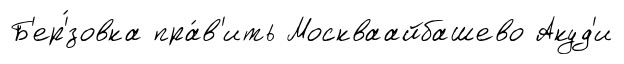
Б'ер'́зовка пра́в'ить Москваайбашево Акуд'и